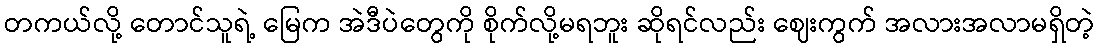
တကယ်လို့ တောင်သူရဲ့ မြေက အဲဒီပဲတွေကို စိုက်လို့မရဘူး ဆိုရင်လည်း ဈေးကွက် အလားအလာမရှိတဲ့